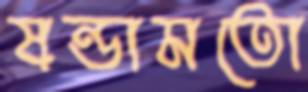
ষন্ডামতো